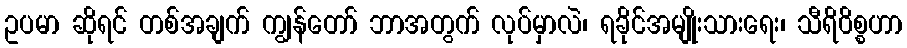
ဥပမာ ဆိုရင် တစ်အချက် ကျွန်တော် ဘာအတွက် လုပ်မှာလဲ၊ ရခိုင်အမျိုးသားရေး၊ သီရိ၀ိစ္စဟာ